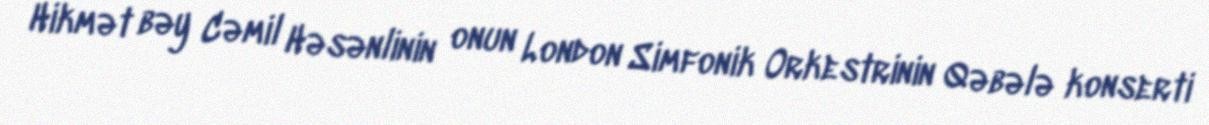
Hikmət bəy Cəmil Həsənlinin onun London Simfonik Orkestrinin Qəbələ konserti